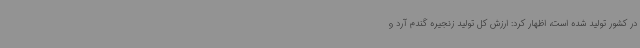
در کشور تولید شده است، اظهار کرد: ارزش کل تولید زنجیره گندم آرد و